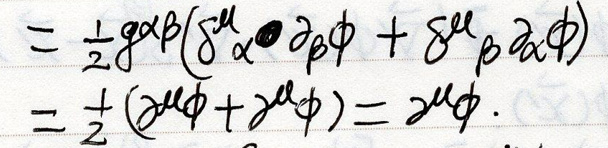
\(=\frac{1}{2}g^{\alpha\beta}(\delta^{\mu}_{\alpha}\partial_{\beta}\phi+\delta^{\mu}_{\beta}\partial_{\alpha}\phi)\)\\
\(=\frac{1}{2}(\partial^{\mu}\phi+\partial^{\mu}\phi)=\partial^{\mu}\phi.\)